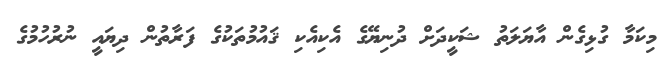
މިކަމާ ގުޅިގެން އާޔަލަތު ޝަކީދަށް ދުނިޔޭގެ އެކިއެކި ޤައުމުތަކުގެ ފަރާތުން ދިޔައީ ނުރުހުމުގެ